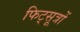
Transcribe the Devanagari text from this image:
फिट्सूत्रों